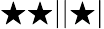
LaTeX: \bigstar\bigstar||\bigstar|